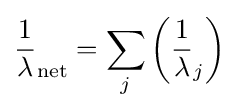
{\frac {1}{\lambda }}_{\mathrm {net} }=\sum _{j}\left({\frac {1}{\lambda }}_{j}\right)